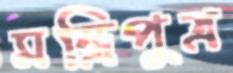
মন্ত্রিপুত্র